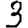
Digit: 3